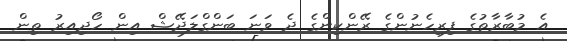
އެ މުބާރާތުގެ ފިރިހެނުންގެ ރޭންކިންގެ ދެ ވަނަ ބަންގްލަދޭޝް އިން ހޯދިއިރު ތިން